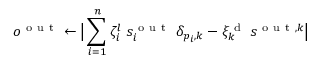
o ^ { \mathrm { ~ o ~ u ~ t ~ } } \gets \big \lvert \sum _ { i = 1 } ^ { n } \zeta _ { i } ^ { l } \; s _ { i } ^ { \mathrm { ~ o ~ u ~ t ~ } } \; \delta _ { p _ { i } , k } - \xi _ { k } ^ { \mathrm { ~ d ~ } } \: s ^ { \mathrm { ~ o ~ u ~ t ~ } , k } \big \rvert